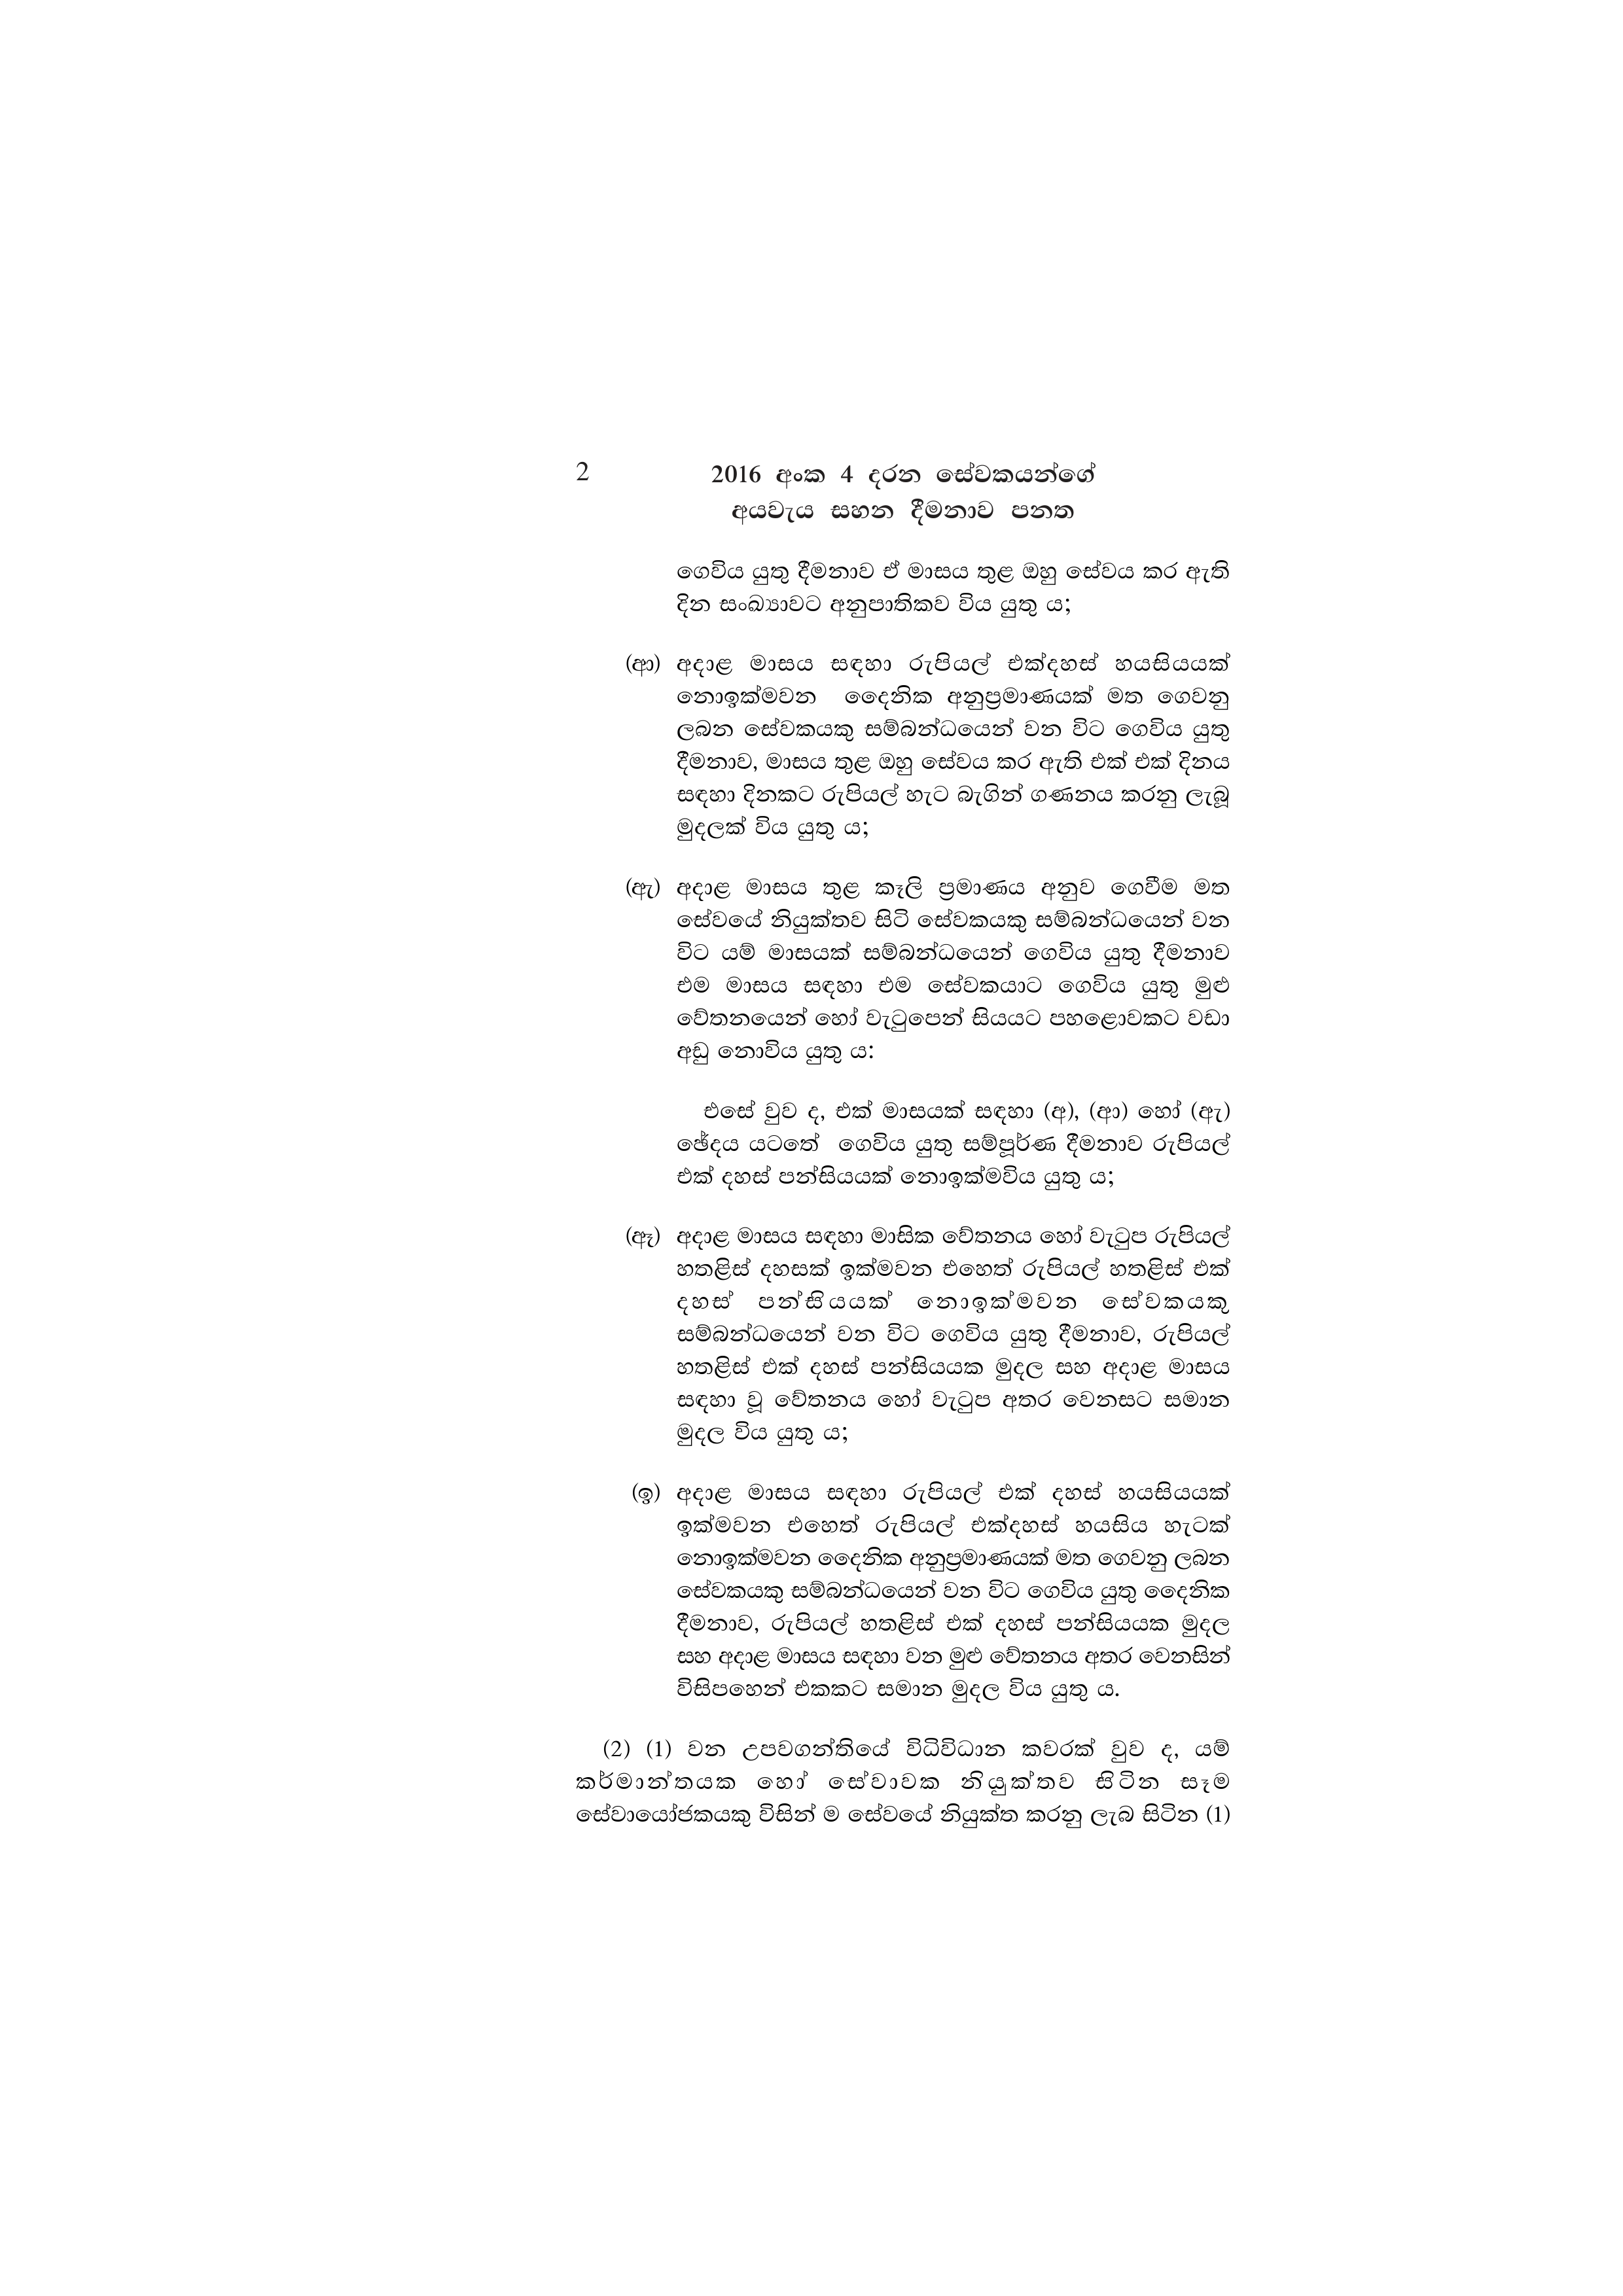
2 2016 අංක 4 දරන සේවකයන්ගේ
අයවැය සහන දීමනාව පනත

ගෙවිය යුතු දීමනාව ඒ මාසය තුළ ඔහු සේවය කර ඇති
දින සංඛ්‍යාවට අනුපාතිකව විය යුතු ය;

(ආ) අදාළ මාසය සඳහා රුපියල් එක්දහස් හයසියයක්
නොඉක්මවන දෛනික අනුප්‍රමාණයක් මත ගෙවනු
ලබන සේවකයකු සම්බන්ධයෙන් වන විට ගෙවිය යුතු
දීමනාව, මාසය තුළ ඔහු සේවය කර ඇති එක් එක් දිනය
සඳහා දිනකට රුපියල් හැට බැගින් ගණනය කරනු ලැබූ
මුදලක් විය යුතු ය;

(ඇ) අදාළ මාසය තුළ කෑලි ප්‍රමාණය අනුව ගෙවීම මත
සේවයේ නියුක්තව සිටි සේවකයකු සම්බන්ධයෙන් වන
විට යම් මාසයක් සම්බන්ධයෙන් ගෙවිය යුතු දීමනාව
එම මාසය සඳහා එම සේවකයාට ගෙවිය යුතු මුළු
වේතනයෙන් හෝ වැටුපෙන් සියයට පහළොවකට වඩා
අඩු නොවිය යුතු ය:

එසේ වුව ද, එක් මාසයක් සඳහා (අ), (ආ) හෝ (ඇ)
ඡේදය යටතේ ගෙවිය යුතු සම්පූර්ණ දීමනාව රුපියල්
එක් දහස් පන්සියයක් නොඉක්මවිය යුතු ය;

(ඈ) අදාළ මාසය සඳහා මාසික වේතනය හෝ වැටුප රුපියල්
හතළිස් දහසක් ඉක්මවන එහෙත් රුපියල් හතළිස් එක්
දහස් පන්සියයක් නොඉක්මවන සේවකයකු
සම්බන්ධයෙන් වන විට ගෙවිය යුතු දීමනාව, රුපියල්
හතළිස් එක් දහස් පන්සියයක මුදල සහ අදාළ මාසය
සඳහා වූ වේතනය හෝ වැටුප අතර වෙනසට සමාන
මුදල විය යුතු ය;

(ඉ) අදාළ මාසය සඳහා රුපියල් එක් දහස් හයසියයක්
ඉක්මවන එහෙත් රුපියල් එක්දහස් හයසිය හැටක්
නොඉක්මවන දෛනික අනුප්‍රමාණයක් මත ගෙවනු ලබන
සේවකයකු සම්බන්ධයෙන් වන විට ගෙවිය යුතු දෛනික
දීමනාව, රුපියල් හතළිස් එක් දහස් පන්සියයක මුදල
සහ අදාළ මාසය සඳහා වන මුළු වේතනය අතර වෙනසින්
විසිපහෙන් එකකට සමාන මුදල විය යුතු ය.

(2) (1) වන උපවගන්තියේ විධිවිධාන කවරක් වුව ද, යම්
කර්මාන්තයක හෝ සේවාවක නියුක්තව සිටින සෑම
සේවායෝජකයකු විසින් ම සේවයේ නියුක්ත කරනු ලැබ සිටින (1)